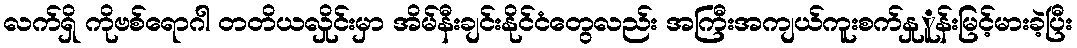
လက်ရှိ ကိုဗစ်ရောဂါ တတိယလှိုင်းမှာ အိမ်နီးချင်းနိုင်ငံတွေလည်း အကြီးအကျယ်ကူးစက်နှုူန်းမြင့်မားခဲ့ပြီး